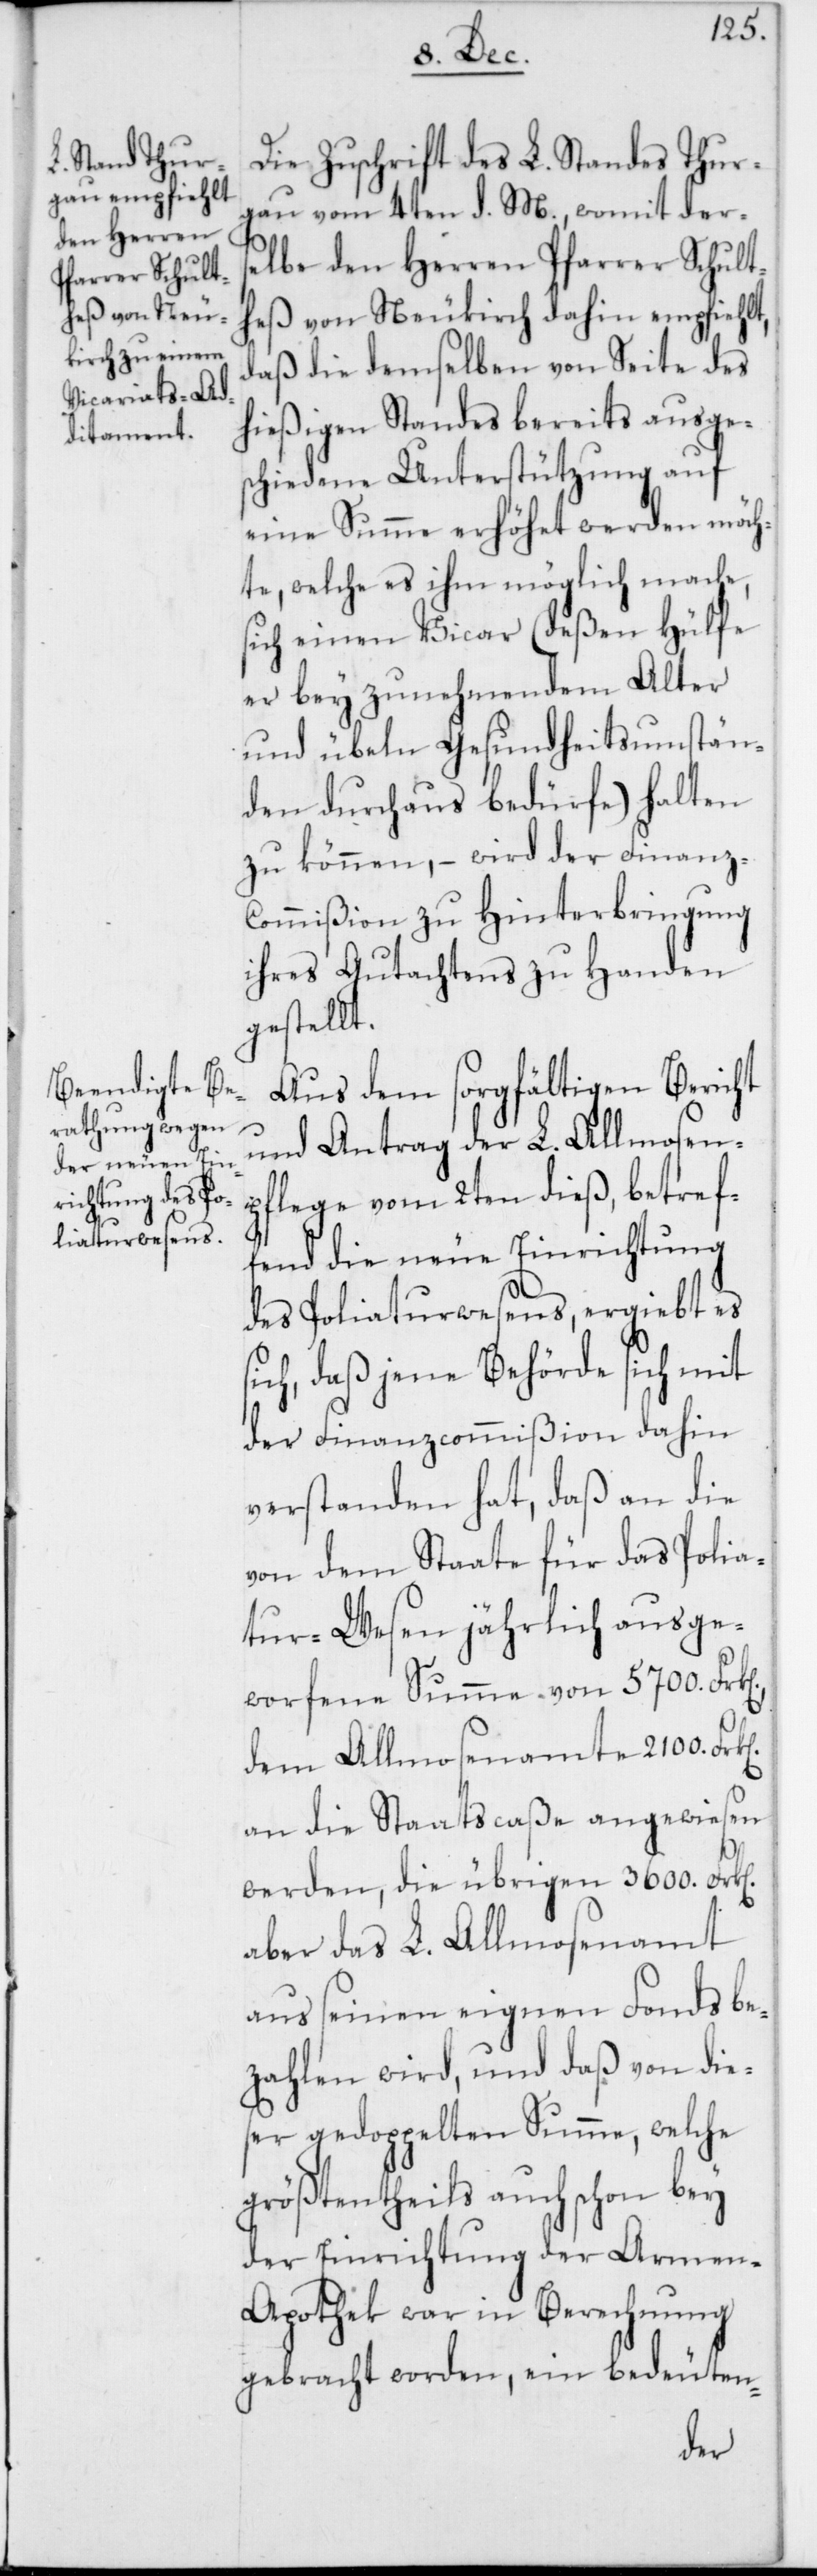
n].
Die Zuschrift des L. Standes Thur¬
gau vom 4ten d. M., womit ders¬
elbe den Herren Pfarrer Schult¬
heß von Neukirch dahin empfiehlt,
daß die demselben von Seite des
hießigen Standes bereits ausges¬
chiedene Unterstützung auf
eine Summe erhöhet werden möch¬
te, welche es ihm möglich mache,
sich einen Vicar (deßen Hülfe
es bey zunehmendem Alter
und übeln Gesundheitsumstän¬
den durchaus bedürfe) halten
zu können, – wird der Finanz-C¬
ommißion zu Hinterbringung
ihres Gutachtens zu Handen
gestellt.
Aus dem sorgfältigen Bericht
und Antrag der L. Allmosen¬
pflege vom 2ten dieß, betref¬
fend die neue Einrichtung
des Poliaturwesens, ergiebt es
sich, daß jene Behörde sich mit
der Finanzcommißion dahin
verstanden hat, daß an die
von dem Staate für das Polia¬
tur-Wesen jährlich ausge¬
worfene Summe von 5700.
dem Allmosenamte 2100.
an die Staatscaße angewiesen
werden, die übrigen 3600. Frk[e¬
aber das L. Allmosenamt
aus seinen eigenen Fonds be¬
zahlen wird, und daß von die¬
ser gedoppelten Summe, welche
größtentheils auch schon bey
der Einrichtung der Armen-A¬
pothek war in Berechnung
gebracht worden, ein bedeuten-